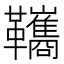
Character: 䪎